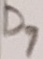
Text: D1